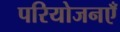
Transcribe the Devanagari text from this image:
परियोजनएँ